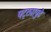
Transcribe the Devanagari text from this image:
पट्ट्यापुढे